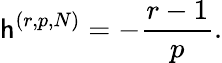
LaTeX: \mathsf{h}^{(r,p,N)}=-\frac{r-1}{p}.